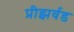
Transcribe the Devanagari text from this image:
प्रीझर्वड